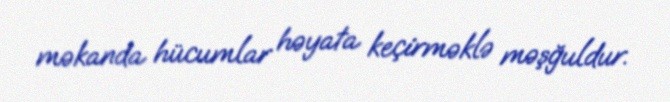
məkanda hücumlar həyata keçirməklə məşğuldur.